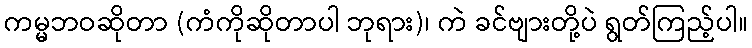
ကမ္မဘဝဆိုတာ (ကံကိုဆိုတာပါ ဘုရား)၊ ကဲ ခင်ဗျားတို့ပဲ ရွတ်ကြည့်ပါ။